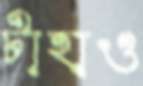
টাহাও